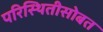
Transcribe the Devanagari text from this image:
परिस्थितीसोबत